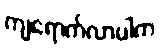
ကျရောက်လာပါက